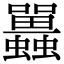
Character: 𧕛